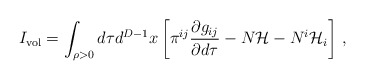
\begin{align*}I_{\rm vol} = \int_{\rho >0} d\tau d^{D-1}x \left[\pi^{ij}\frac{\partial g_{ij}}{\partial d\tau}-N{\cal H} -N^i{\cal H}_i\right]\,,\end{align*}